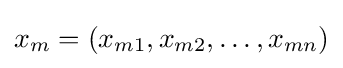
x_{m}=(x_{m1},x_{m2},\dots ,x_{mn})